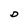
Character: D